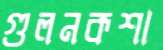
গুলনকশা